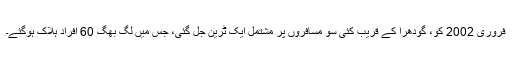
فروری 2002 کو، گودھرا کے قریب کئی سو مسافروں پر مشتمل ایک ٹرین جل گئی، جس میں لگ بھگ 60 افراد ہلاک ہوگئے۔